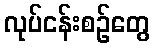
လုပ်ငန်းစဉ်တွေ